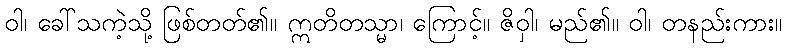
ဝါ၊ ခေါ်သကဲ့သို့ ဖြစ်တတ်၏။ ဣတိတသ္မာ၊ ကြောင့်။ ဇိဝှါ၊ မည်၏။ ဝါ၊ တနည်းကား။